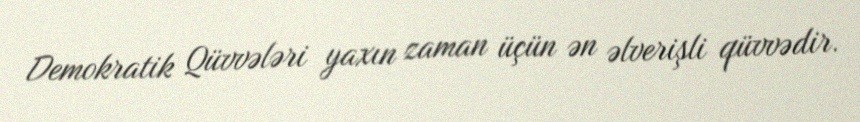
Demokratik Qüvvələri yaxın zaman üçün ən əlverişli qüvvədir.